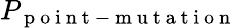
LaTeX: P_{\mathrm{~p~o~i~n~t~-~m~u~t~a~t~i~o~n~}}